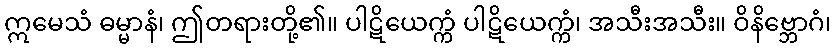
ဣမေသံ ဓမ္မာနံ၊ ဤတရားတို့၏။ ပါဋိယေက္ကံ ပါဋိယေက္ကံ၊ အသီးအသီး။ ဝိနိဗ္ဘောဂံ၊